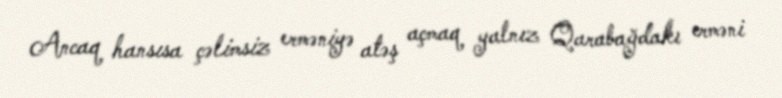
Ancaq hansısa çəlimsiz erməniyə atəş açmaq yalnız Qarabağdakı erməni